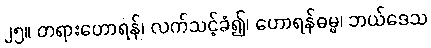
၂၅။ တရားဟောရန်၊ လက်သင့်ခံ၍၊ ဟောရန်ဓမ္မ၊ ဘယ်ဒေသ